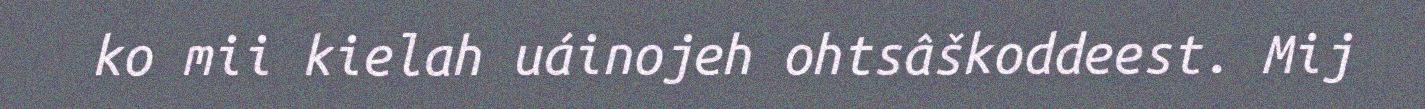
ko mii kielah uáinojeh ohtsâškoddeest. Mij